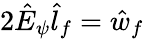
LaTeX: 2\hat{E}_{\psi}\hat{l}_{f}=\hat{w}_{f}